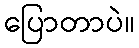
ပြောတာပဲ။